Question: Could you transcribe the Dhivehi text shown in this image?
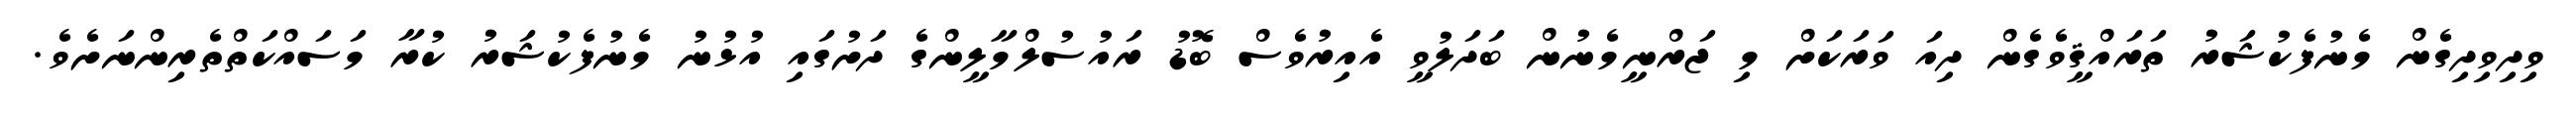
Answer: ވިދިވިދިގެން މެނުފެކުޝަރު ތަރައްޤީވެގެން ދިއަ ވަރަކަށް މި ޖަރްނީމެނުން ބަދަލުވީ އެއިރުވެސް ބޮޑު ރައުސުލްމާލީންގެ ދަށުގައި އުޅުނު މެނުފެކުޝަރު ކުރާ މަސައްކަތްތެރިންނަށެވެ.